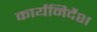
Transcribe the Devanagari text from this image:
कार्यनिर्देश